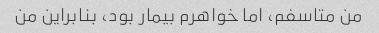
من متاسفم، اما خواهرم بیمار بود، بنابراین من